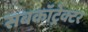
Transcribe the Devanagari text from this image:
सबकॉट्रेक्टर